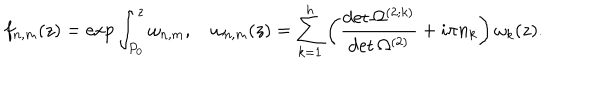
LaTeX: f _ { n , m } ( z ) = \exp \int _ { P _ { 0 } } ^ { z } \omega _ { n , m } , \quad \omega _ { n , m } ( z ) = \sum _ { k = 1 } ^ { h } \left( { \frac { \det \Omega ^ { ( 2 ; k ) } } { \det \Omega ^ { ( 2 ) } } } + i \pi n _ { k } \right) \omega _ { k } ( z ) .